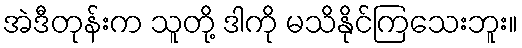
အဲဒီတုန်းက သူတို့ ဒါကို မသိနိုင်ကြသေးဘူး။